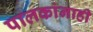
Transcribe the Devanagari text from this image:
पालकांनाही